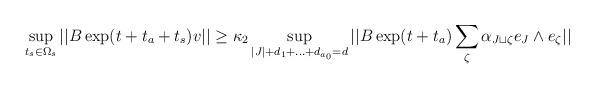
LaTeX: \begin{align*} \sup_{t_s \in \Omega_s} ||B \exp(t+t_a+t_s)v|| \geq \kappa_2 \sup_{|J|+d_1+...+d_{a_0}= d} ||B\exp(t+t_a)\sum_{\zeta} \alpha_{J\sqcup \zeta} e_J\wedge e_\zeta|| \end{align*}